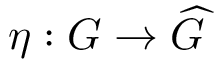
\eta : G \rightarrow { \widehat { G } }